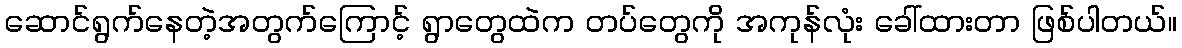
ဆောင်ရွက်နေတဲ့အတွက်ကြောင့် ရွာတွေထဲက တပ်တွေကို အကုန်လုံး ခေါ်ထားတာ ဖြစ်ပါတယ်။